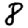
Digit: 8